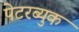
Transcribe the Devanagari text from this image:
पेटरब्युक